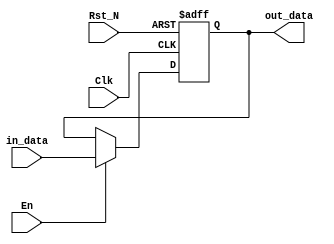
module REG(in_data, out_data, Clk, Rst_N, En);
    parameter   DATA_WIDTH = 64;
    
    input   Clk, Rst_N, En;
    input   [DATA_WIDTH - 1:0] in_data;
    
    output reg  [DATA_WIDTH - 1:0] out_data;

    always @ (posedge Clk or negedge Rst_N) begin
        if (!Rst_N) out_data <= 0;
        else if (En )out_data <= in_data;
        else out_data <= out_data;
    end
endmodule